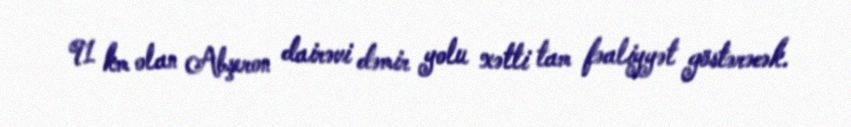
91 km olan Abşeron dairəvi dəmir yolu xətti tam fəaliyyət göstərəcək.